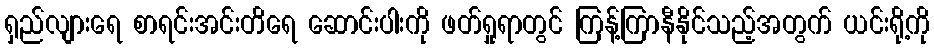
ရှည်လျားရေ စာရင်းအင်းတိရေ ဆောင်းပါးကို ဖတ်ရှုရာတွင် ကြန့်ကြာနီနိုင်သည့်အတွက် ယင်းရို့ကို